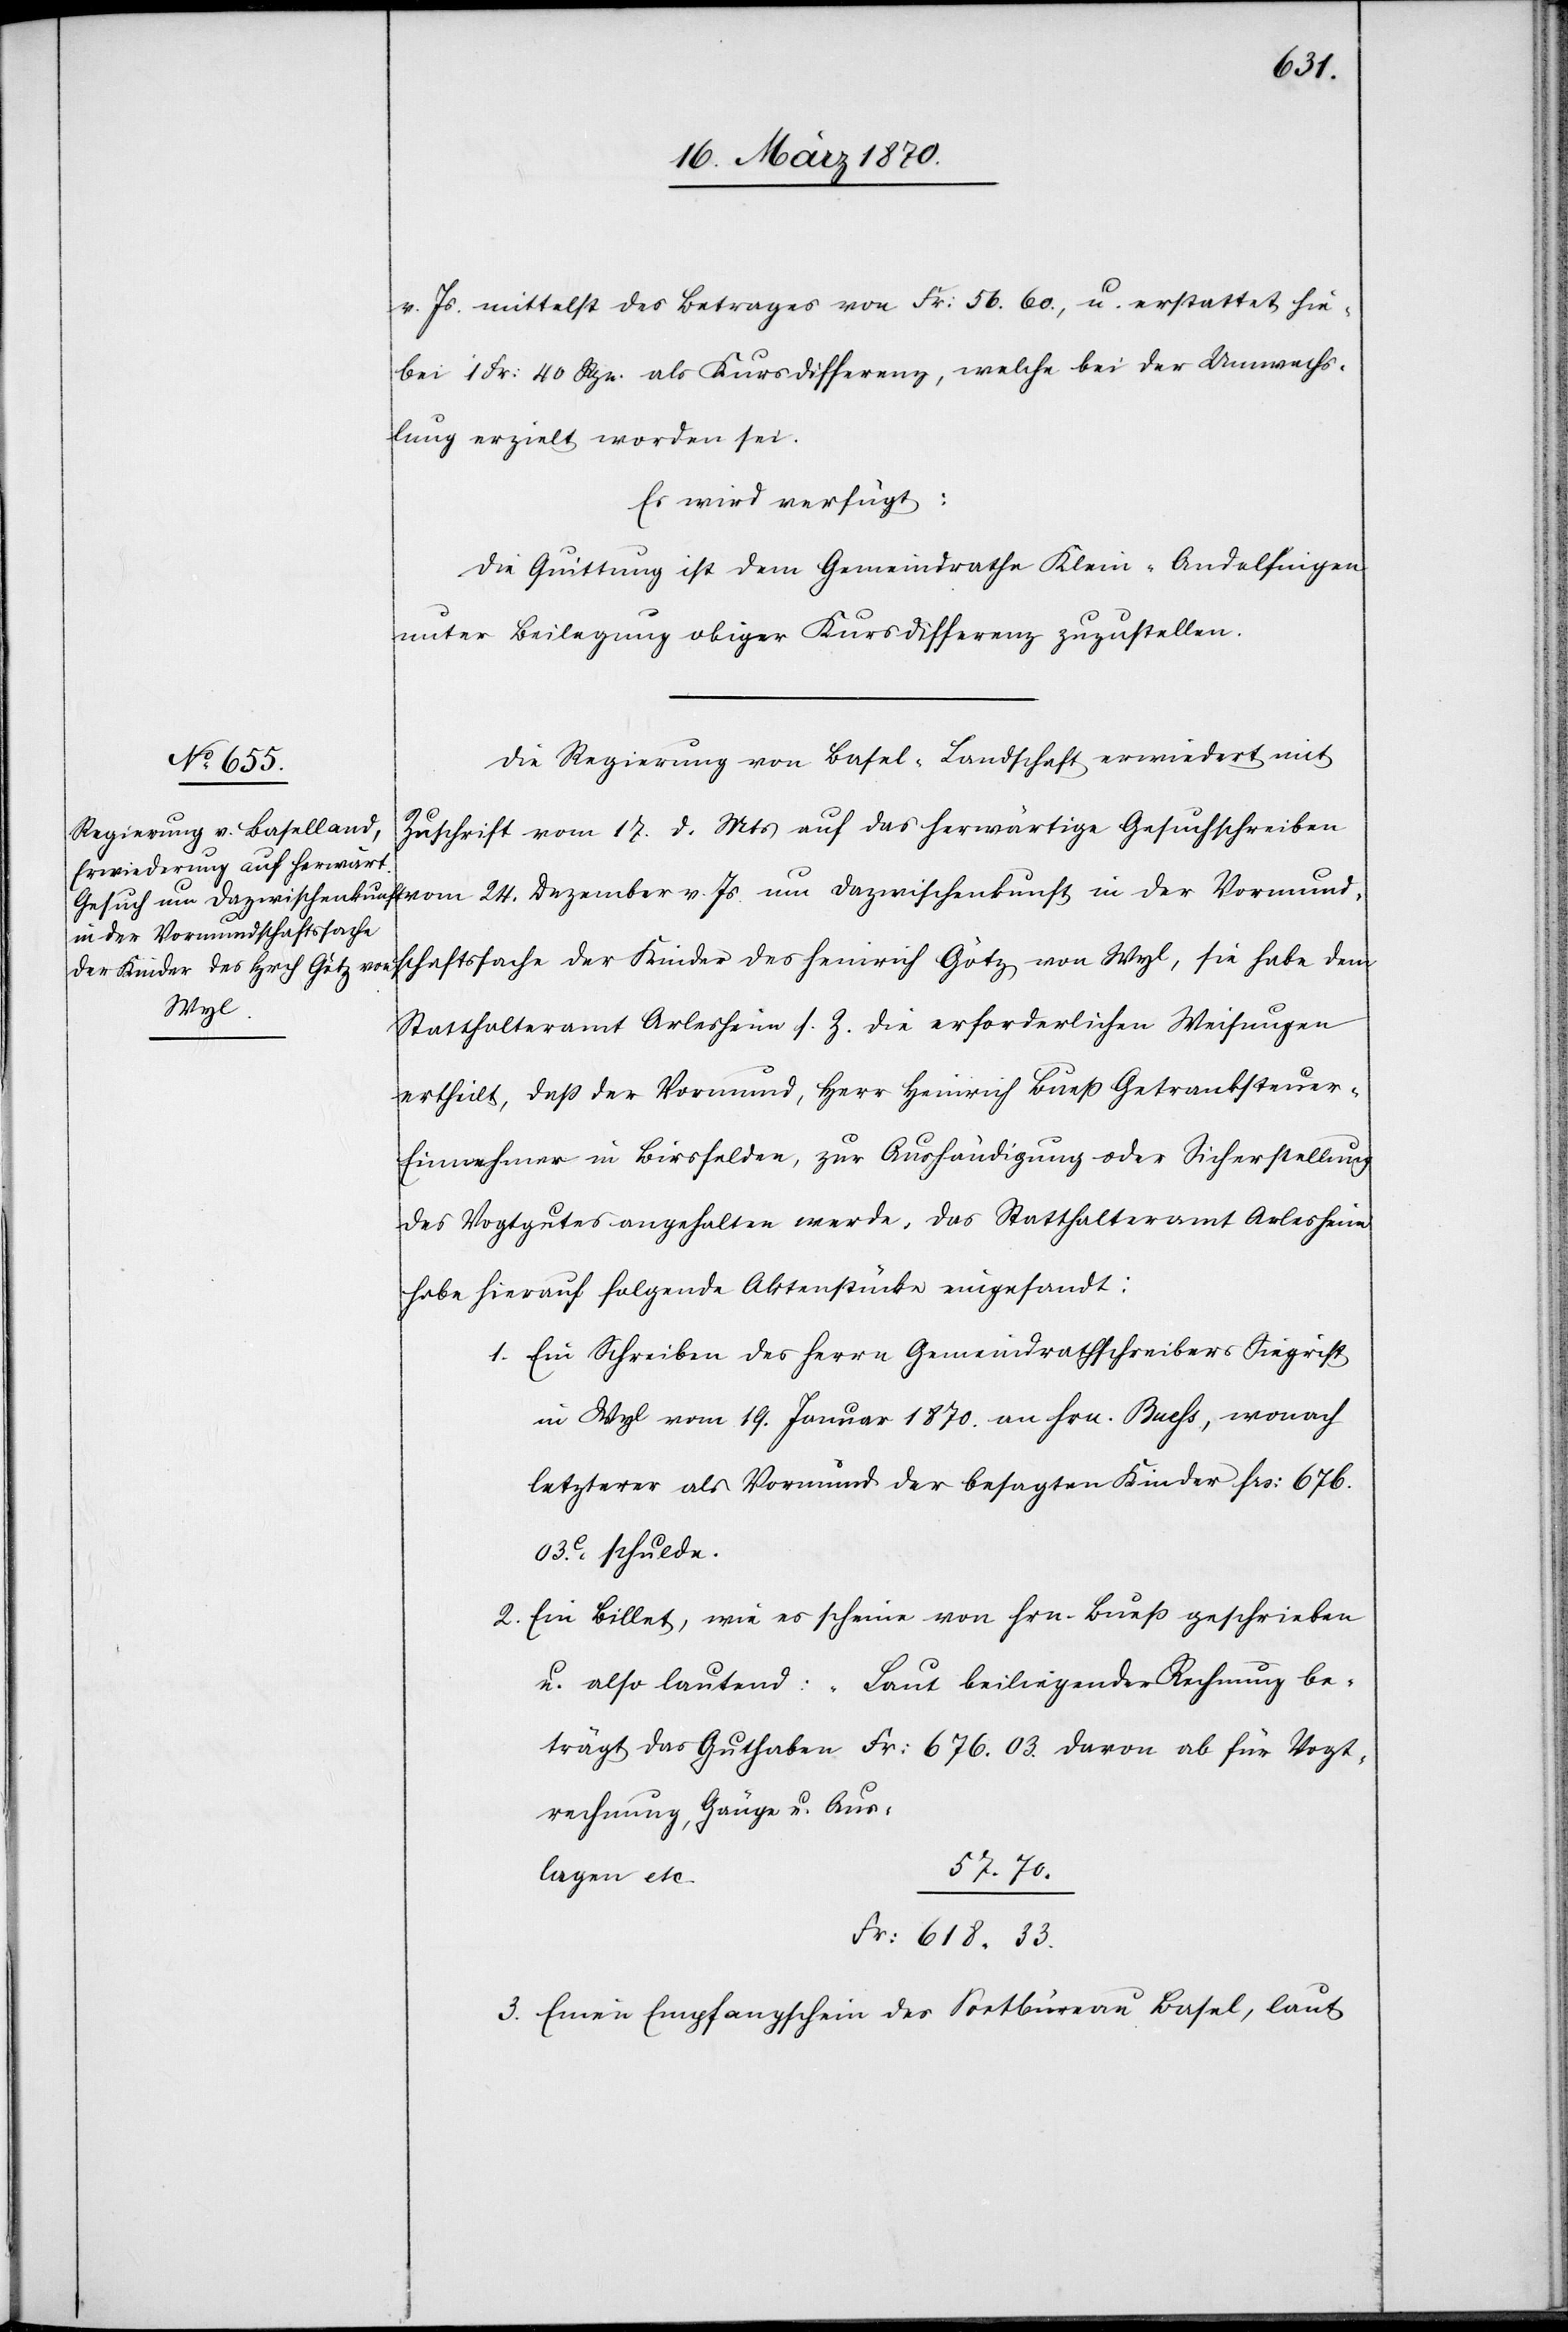
24.
18. März 1870.]
v. Js. mittelst des Betrages von Fr: 56.60., u. erstattet hie¬
bei 1 Fr: 40 Rpn. als Kursdifferenz, welche bei der Umwechs¬
lung erzielt worden sei.
Es wird verfügt:
Die Quittung ist dem Gemeindrathe Klein-Andelfingen
unter Beilegung obiger Kursdifferenz zuzustellen.
Die Regierung von Basel-Landschaft erwiedert mit
Zuschrift vom 17. d. Mts auf das herwärtige Gesuchschreiben
in der Vormundschaftssache
der Kinder des Heinrich Götz von
Wyl,
Statthalteramt Arlesheim s. Z. die erforderlichen Weisungen
erhteilt, daß der Vormund, Herr Heinrich Bueß Getranksteuer-E¬
innehmer in Birsfelden, zur Aushändigung oder Sicherstellung
des Vogtgutes angehalten werde. Das Statthalteramt Arlesheim
habe hierauf folgende Aktenstücke eingesandt:
1. Ein Schreiben des Herrn Gemeindrathschreiber Siegrist
in Wyl vom 19. Januar 1870. an Hrn. Buess, wonach
letzterer als Vormund der besagten Kinder frs: 676.
03.c schulde.
2. Ein Billet, wie es scheine von Hrn. Bueß geschrieben
u. also lautend: „Laut beiliegender Rechnung be¬
trägt das Guthaben Fr: 676.03. davon ab für Vogt¬
rechnung, Gänge Aus¬
57.70.
lagen etc.
Fr: 618.33.
3. Einen Empfangschein des [?Pos]tbüreau Basel, laut